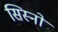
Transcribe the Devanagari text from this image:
सिस्नो